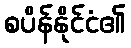
စပိန်နိုင်ငံ၏